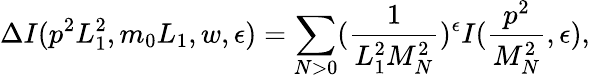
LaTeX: \Delta I(p^{2}L_{1}^{2},m_{0}L_{1},w,\epsilon)=\sum_{N>0}(\frac{1}{L_{1}^{2}M_{N}^{2}})^{\epsilon}I(\frac{p^{2}}{M_{N}^{2}},\epsilon),